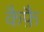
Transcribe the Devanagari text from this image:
कैफ़ै